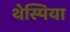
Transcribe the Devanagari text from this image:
थेस्पिया